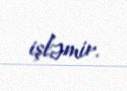
işləmir.